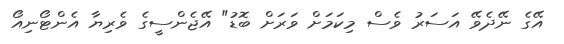
އޭގެ ނޭދެވޭ އަސަރު ވެސް މިކަމަށް ވަރަށް ބޮޑު" އޭޖެންސީގެ ވެރިޔާ އެންޓޯނިއޯ